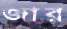
জার